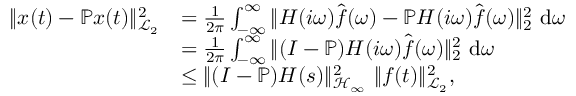
\begin{array} { r l } { \| \b { x } ( t ) - \mathbb { P } \b { x } ( t ) \| _ { \mathcal { L } _ { 2 } } ^ { 2 } } & { = \frac { 1 } { 2 \pi } \int _ { - \infty } ^ { \infty } \| \b { H } ( i \omega ) \hat { \b { f } } ( \omega ) - \mathbb { P } \b { H } ( i \omega ) \hat { \b { f } } ( \omega ) \| _ { 2 } ^ { 2 } ~ \mathrm { d } \omega } \\ & { = \frac { 1 } { 2 \pi } \int _ { - \infty } ^ { \infty } \| ( \b { I } - \mathbb { P } ) \b { H } ( i \omega ) \hat { \b { f } } ( \omega ) \| _ { 2 } ^ { 2 } ~ \mathrm { d } \omega } \\ & { \le \| ( \b { I } - \mathbb { P } ) \b { H } ( s ) \| _ { \mathcal { H } _ { \infty } } ^ { 2 } ~ \| \b { f } ( t ) \| _ { \mathcal { L } _ { 2 } } ^ { 2 } , } \end{array}